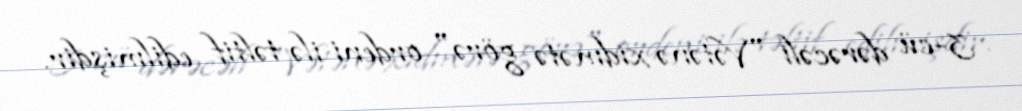
3-cü dərəcəli "Vətənə xidmətə görə" ordeni ilə təltif edilmişdir.